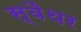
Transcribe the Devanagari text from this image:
स्वैथर